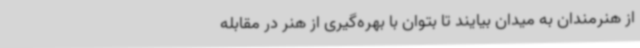
از هنرمندان به میدان بیایند تا بتوان با بهره‌گیری از هنر در مقابله